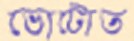
ভোটোত